Calcutta medical institutions reports 1879-81 [i.e.91]
Year: 1879
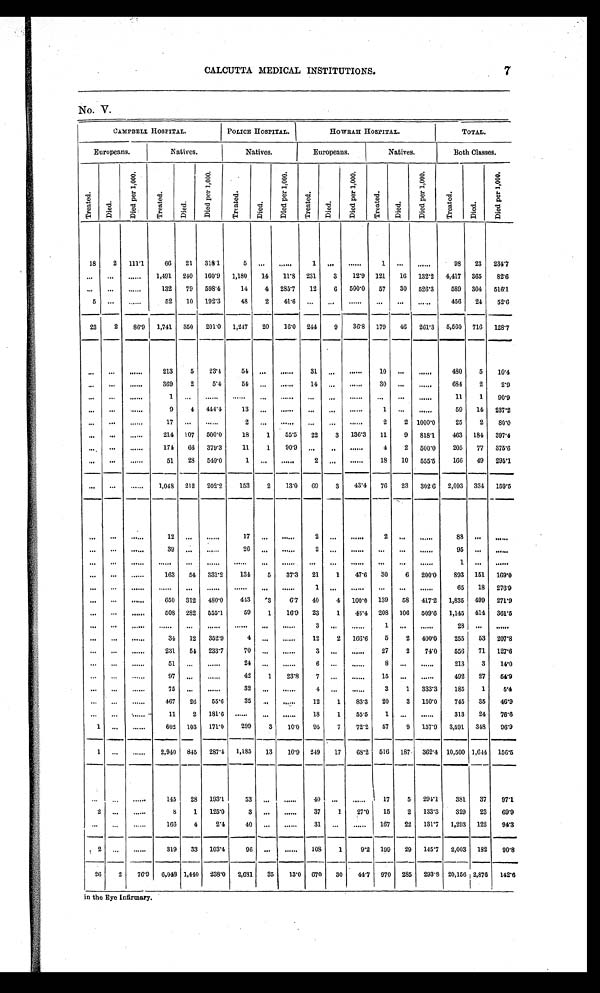
CALCUTTA MEDICAL INSTITUTIONS. 7
No. V.
CAMPBELL HOSPITAL.
POLICE HOSPITAL.
HOWRAH HOSPITAL.
TOTAL.
Europeans.
Natives.
Natives.
Europeans.
Natives.
Both Classes.
Tr e a t e d . Di ed.
D i e d p e r 1 , 0 0 0 .
Tr e a t e d .
Died.
D i e d p e r 1 , 0 0 0 .
T r e a t e d .
Di e d.
D i e d p e r 1 , 0 0 0 .
T r e a t e d .
Di e d .
Died per 1,000.
T r e a t e d .
Di e d .
D i e d p e r 1 , 0 0 0 .
Tr eat ed.
Di ed.
D i e d p e r 1 , 0 0 0 .
18
2 111.1
66 21 318.1
5
. . .
. . .
1
. . .
. . .
1
. . .
. . .
98 23 234.7
. . .
. . .
. . . 1,491 240 160.9 1,180 14 11.8 231
3
12.9 121 16 132.2 4,417 365 82.6
. . .
. . .
. . .
132 79 598.4
14
4 285.7 12
6
5 0 0 . 0 57 30 526.3
589 304 516.1
5
. . .
. . .
52
1 0 192.3
48
2 41.6
. . .
. . .
. . .
. . .
. . .
. . . 456 24 52.6
23
2
86.9 1,741 350 201.0 1,247 20 16.0 244
9 36.8 179 46 261.3 5,560 716 128.7
. . .
. . .
. . .
213
5
23.4
54
. . .
. . . 31
. . .
. . .
10
. . .
. . .
480
5
10.4
. . .
. . .
. . .
369
2
5.4
54
. . .
. . .
14
. . . . . .
30
. . .
. . . 684
2
2.9
. . .
. . .
. . .
1
. . .
. . .
. . .
. . .
. . . . . .
. . .
. . .
. . .
. . .
. . .
11
1
9 0 . 9
. . .
. . .
. . .
9
4 444.4
13
. . .
. . .
. . .
. . .
. . .
1
. . .
. . .
59 14 237.2
. . .
. . .
. . .
17
. . .
. . .
2 ... ...
...
. . .
...
2
2 1000.0
25
2 80.0
. . . ...
...
214 107 500.0
18
1
55.5 22
3 136.3 11
9 818.1
463 184 397.4
. . .
. . .
. . .
174 66 379.3
11
1
90.9
. . .
. . .
. . .
4
2 500.0
205 77 375.6
. . .
. . .
. . .
51 28 549.0
1
. . .
. . .
2
. . .
. . .
18 10 555.5
166 49
2 9 5 . 1
. . .
. . .
. . . 1,048 212 202.2
153
2
13.0
6 9
3
43.4 76 23 302.6 2,093 334 159.5
. . .
. . .
. . .
1 2
. . .
. . .
17
. . .
. . .
2
. . .
. . .
2
. . .
. . .
8 8
. . .
. . .
. . .
. . .
. . .
39
. . .
. . .
26 ...
. . .
2
. . .
. . .
. . .
. . .
. . . 95
. . .
. . .
. . .
. . .
. . .
. . .
. . .
. . .
. . .
. . .
. . . . . .
. . .
. . .
. . .
. . .
. . .
1
. . .
. . .
. . .
. . .
. . .
163 54 331.2
134
5
37.3 21
1 47.6 30
6 200.0
893 151 169.0
. . .
. . .
. . .
. . .
. . .
. . .
. . .
. . .
. . . 1
. . .
. . .
. . .
. . .
. . .
65 18 276.9
. . .
. . .
. . .
650 312 480.0
443
3
6.7 40
4 100.0 139 58 417.2 1,835 499 271.9
. . .
. . .
. . .
508 282 555.1
59
1 16.9 23
1 43.4 208 106 509.6 1,145 414 361.5
. . .
. . .
. . .
. . .
. . .
. . .
. . .
. . .
. . . 3
. . .
. . .
1
. . .
. . .
28
. . .
. . .
. . .
. . .
. . .
34 12 352.9
4
. . .
. . .
12
2 166.6
5
2 400.0
255 53 207.8
. . .
. . .
. . .
2 3 1 54 233.7
70
. . .
. . .
3
. . .
. . .
27
2
74.0
556 71 127.6
. . .
. . .
. . .
51
. . .
. . .
24
. . .
. . .
6
. . .
. . .
8
. . .
. . .
213
3 14.0
. . .
. . .
. . .
97
. . .
. . .
42
1
23.8
7
. . .
. . . 15
. . .
. . .
492 27 54.9
. . .
. . .
. . .
75
. . .
. . .
32
. . .
. . .
4
. . .
. . .
3
1 333.3
185
1
5.4
. . .
. . .
. . .
467 26
55.6
35
. . .
. . .
12
1
83.3 20
3 150.0
745 35 46.9
. . .
. . .
. . .
11
2 181.6
. . .
. . .
. . . 18
1
55.5
1
. . .
. . .
313 24 76.6
1
. . .
. . .
602 103 171.0
299
3 10.0 95
7
72.2 57
9 157.9 3,591 348 96.9
1
. . .
. . .
2 , 9 4 0
845 287.4 1,185 13 10.9 249 17
68.2 516 187 362.4 10,500 1,644 156.5
. . .
. . .
. . .
145 28
1 9 3 . 1
53
. . .
. . . 40
. . .
. . .
1 7
5 294.1
381 37 97.1
2
. . .
. . .
8
1 125.0
3
. . .
. . . 37
1
27.0 15
2 133.3
329 23 69.9
. . . . . .
. . .
166
4
2.4
40
. . .
. . . 31
. . .
. . . 167 22 131.7 1,293 122 94.3
2
. . .
. . .
319 33 103.4
96
. . .
. . . 108
1
9.2 199 29 145.7 2,003 182 90.8
2 6 2
7 6 . 9
6 , 0 4 8 1,440 238.0 2,681 35
13.0 670 30 44.7 970 285 293.8 20,156 2,876 142.6
in the Eye Infirmary.